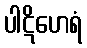
ပါဋိဟေရံ